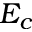
E _ { c }